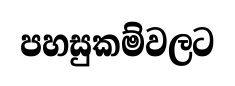
පහසුකම්වලට